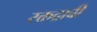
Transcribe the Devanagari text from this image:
रक्तद्रावी